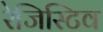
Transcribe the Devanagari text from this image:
रेजिस्टिव